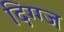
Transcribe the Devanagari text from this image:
दिग्ग्ज